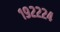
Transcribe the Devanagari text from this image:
१९२२२४